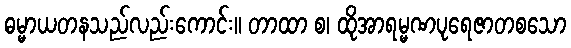
ဓမ္မာယတနသည်လည်းကောင်း။ တာထာ စ၊ ထိုအာရမ္မဏပုရေဇာတစသော